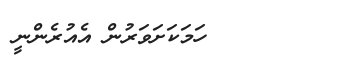
٥٧        ހަމަކަށަވަރުން އެއުރެންނީ